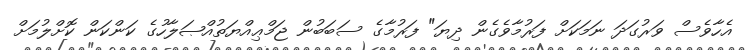
އެހާވެސް ވަރުގަދަ ނަމަކަށް ފަރުމާވެގެން ދިޔަ" ފަރުމާގެ ސަބަބުން ޖަމްޢިއްޔަތުއްޞަލާހުގެ ކަންކަން ކޮށްލުމަށް